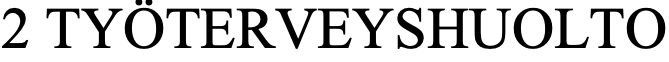
2 TYÖTERVEYSHUOLTO